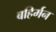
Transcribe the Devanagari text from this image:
बहिर्मन